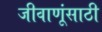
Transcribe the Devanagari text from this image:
जीवाणूंसाठी